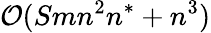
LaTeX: \mathcal{O}(Smn^{2}n^{*}+n^{3})